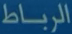
الرباط